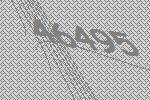
46495